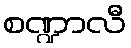
စဏ္ဍာလီ